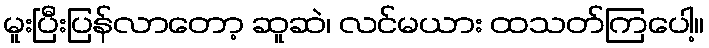
မူးပြီးပြန်လာတော့ ဆူဆဲ၊ လင်မယား ထသတ်ကြပေါ့။